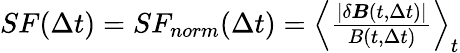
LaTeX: \begin{array}{r}{SF(\Delta t)=SF_{norm}(\Delta t)=\left\langle\frac{|\delta\boldsymbol B(t,\Delta t)|}{B(t,\Delta t)}\right\rangle_{t}}\end{array}